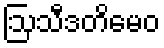
ဩသီဒတိမေဝ